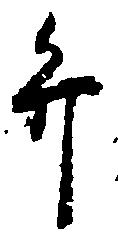
弁